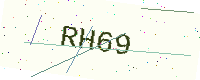
Text: RH69